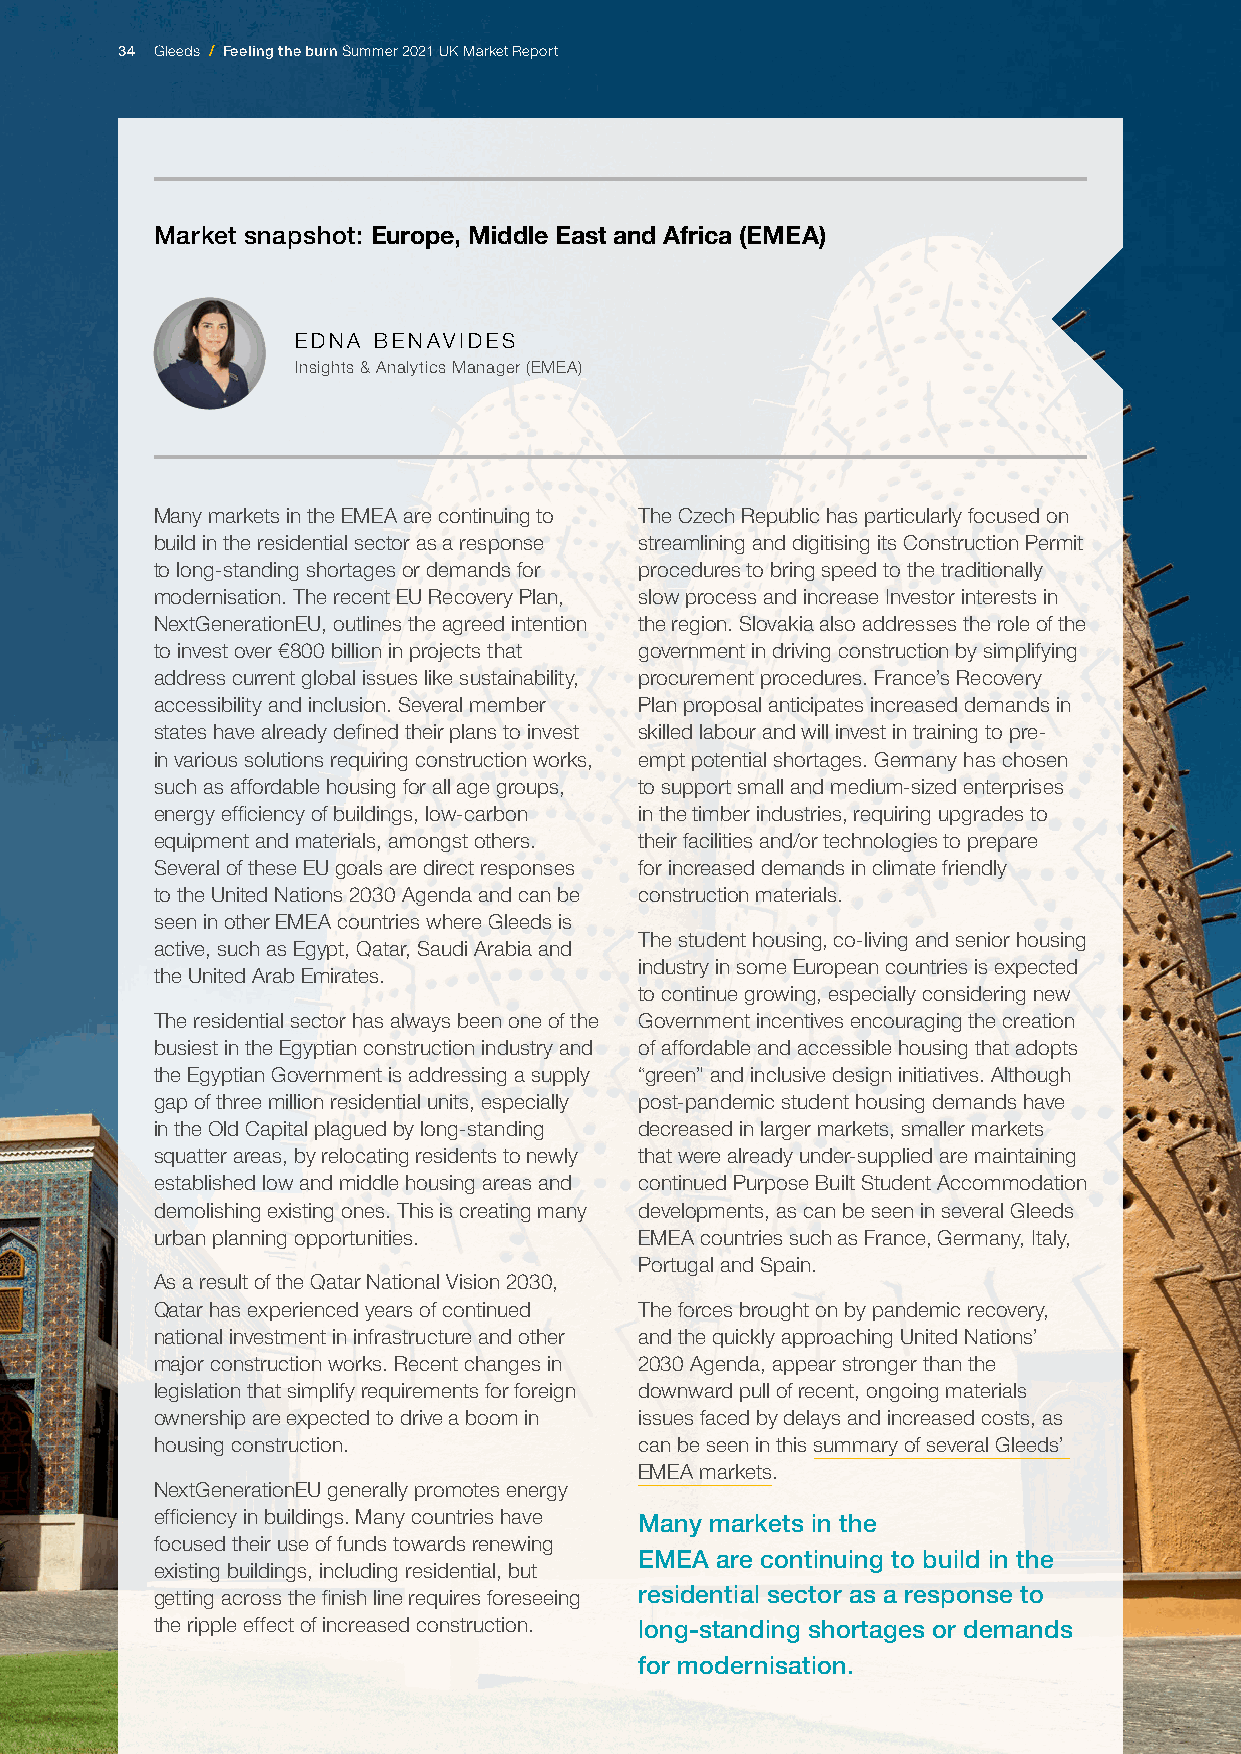
34 Gleeds / Feeling the burn Summer 2021 UK Market Report
 Market snapshot: Europe, Middle East and Africa (EMEA)
 EDNA BENAVIDES
 Insights & Analytics Manager (EMEA)
 Many markets in the EMEA are continuing to The Czech Republic has particularly focused on
 build in the residential sector as a response streamlining and digitising its Construction Permit
 to long-standing shortages or demands for procedures to bring speed to the traditionally
 modernisation. The recent EU Recovery Plan, slow process and increase Investor interests in
 NextGenerationEU, outlines the agreed intention the region. Slovakia also addresses the role of the
 to invest over €800 billion in projects that government in driving construction by simplifying
 address current global issues like sustainability, procurement procedures. France’s Recovery
 accessibility and inclusion. Several member Plan proposal anticipates increased demands in
 states have already defined their plans to invest skilled labour and will invest in training to pre-
 in various solutions requiring construction works, empt potential shortages. Germany has chosen
 such as affordable housing for all age groups, to support small and medium-sized enterprises
 energy efficiency of buildings, low-carbon in the timber industries, requiring upgrades to
 equipment and materials, amongst others. their facilities and/or technologies to prepare
 Several of these EU goals are direct responses for increased demands in climate friendly
 to the United Nations 2030 Agenda and can be construction materials.
 seen in other EMEA countries where Gleeds is
 The student housing, co-living and senior housing
 active, such as Egypt, Qatar, Saudi Arabia and
 industry in some European countries is expected
 the United Arab Emirates.
 to continue growing, especially considering new
 The residential sector has always been one of the Government incentives encouraging the creation
 busiest in the Egyptian construction industry and of affordable and accessible housing that adopts
 the Egyptian Government is addressing a supply “green” and inclusive design initiatives. Although
 gap of three million residential units, especially post-pandemic student housing demands have
 in the Old Capital plagued by long-standing decreased in larger markets, smaller markets
 squatter areas, by relocating residents to newly that were already under-supplied are maintaining
 established low and middle housing areas and continued Purpose Built Student Accommodation
 demolishing existing ones. This is creating many developments, as can be seen in several Gleeds
 urban planning opportunities.   EMEA countries such as France, Germany, Italy,
 Portugal and Spain.
 As a result of the Qatar National Vision 2030,
 Qatar has experienced years of continued The forces brought on by pandemic recovery,
 national investment in infrastructure and other and the quickly approaching United Nations’
 major construction works. Recent changes in 2030 Agenda, appear stronger than the
 legislation that simplify requirements for foreign downward pull of recent, ongoing materials
 ownership are expected to drive a boom in issues faced by delays and increased costs, as
 housing construction.           can be seen in this summary of several Gleeds’
 EMEA markets.
 NextGenerationEU generally promotes energy
 efficiency in buildings. Many countries have Many markets in the
 focused their use of funds towards renewing
 EMEA are continuing to build in the
 existing buildings, including residential, but
 getting across the finish line requires foreseeing residential sector as a response to
 the ripple effect of increased construction. long-standing shortages or demands
 for modernisation.